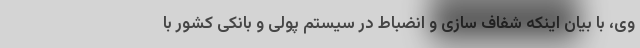
وی، با بیان اینکه شفاف سازی و انضباط در سیستم پولی و بانکی کشور با